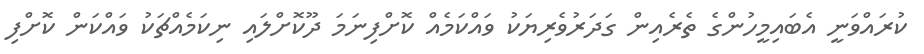
ކުރައްވަނީ އެބައިމީހުންގެ ތެރެއިން ގަދަރުވެރިޔަކު ވައްކަމެއް ކޮށްފިނަމަ ދޫކޮށްލައި ނިކަމެއްޗަކު ވައްކަން ކޮށްފި